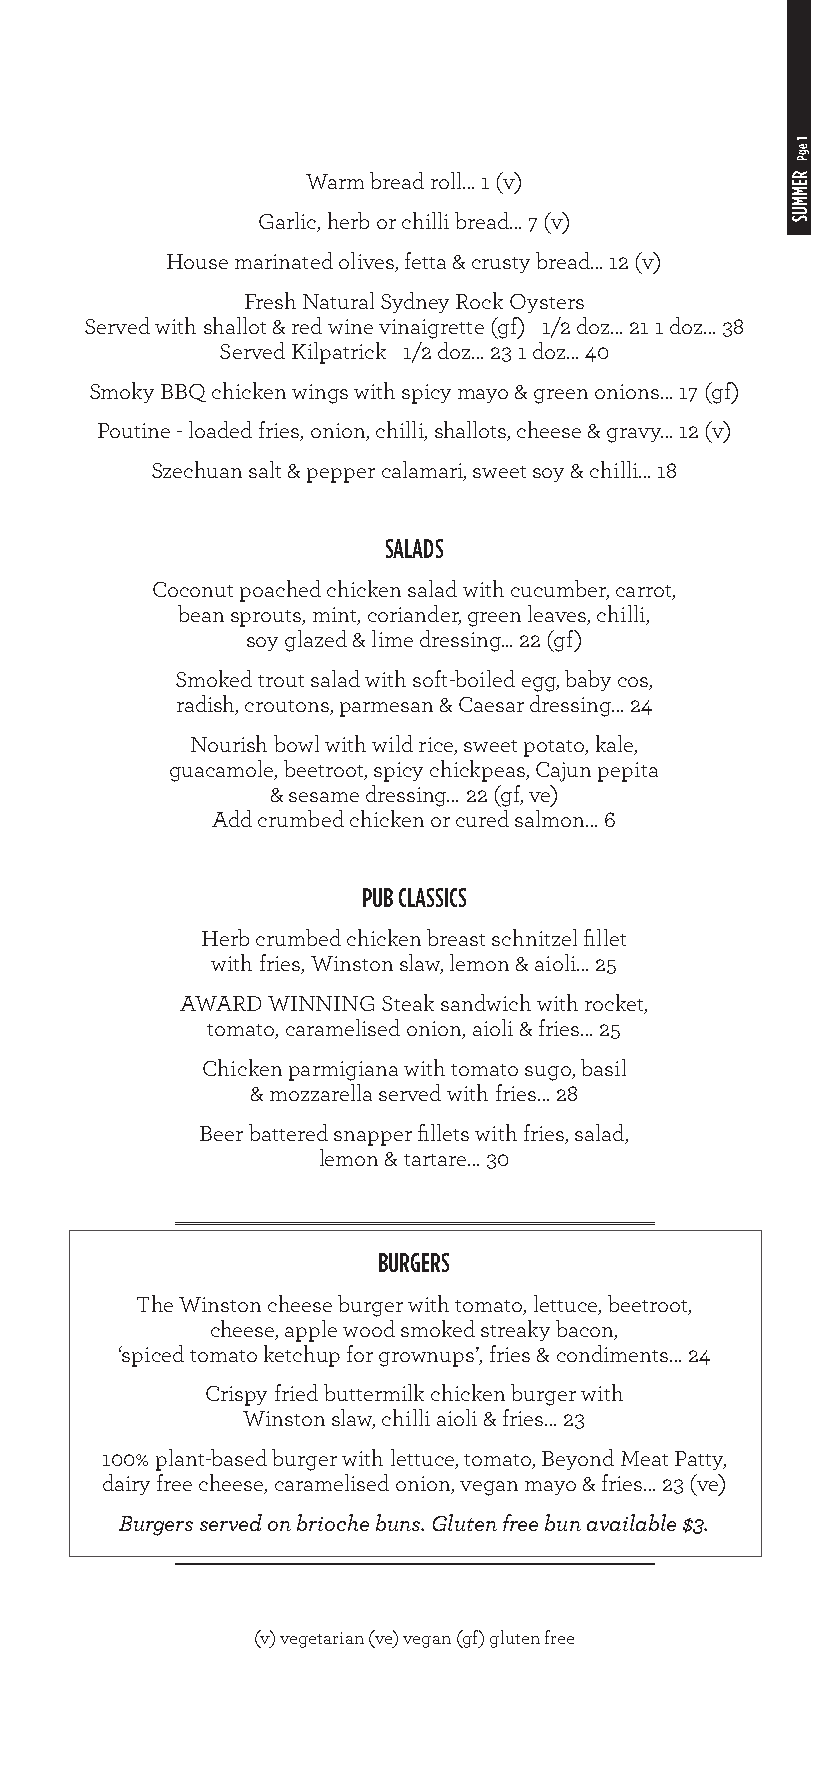
Warm bread roll… 1 (v)
 Garlic, herb or chilli bread… 7 (v)
 House marinated olives, fetta & crusty bread… 12 (v)
 Fresh Natural Sydney Rock Oysters
 Served with shallot & red wine vinaigrette (gf) 1/2 doz… 21 1 doz… 38
 Served Kilpatrick 1/2 doz… 23 1 doz… 40
 Smoky BBQ chicken wings with spicy mayo & green onions… 17 (gf)
 Poutine - loaded fries, onion, chilli, shallots, cheese & gravy… 12 (v)
 Szechuan salt & pepper calamari, sweet soy & chilli… 18
 SALADS
 Coconut poached chicken salad with cucumber, carrot,
 bean sprouts, mint, coriander, green leaves, chilli,
 soy glazed & lime dressing... 22 (gf)
 Smoked trout salad with soft-boiled egg, baby cos,
 radish, croutons, parmesan & Caesar dressing… 24
 Nourish bowl with wild rice, sweet potato, kale,
 guacamole, beetroot, spicy chickpeas, Cajun pepita
 & sesame dressing… 22 (gf, ve)
 Add crumbed chicken or cured salmon… 6
 PUB CLASSICS
 Herb crumbed chicken breast schnitzel fillet
 with fries, Winston slaw, lemon & aioli… 25
 AWARD WINNING Steak sandwich with rocket,
 tomato, caramelised onion, aioli & fries… 25
 Chicken parmigiana with tomato sugo, basil
 & mozzarella served with fries… 28
 Beer battered snapper fillets with fries, salad,
 lemon & tartare… 30
 BURGERS
 The Winston cheese burger with tomato, lettuce, beetroot,
 cheese, apple wood smoked streaky bacon,
 ‘spiced tomato ketchup for grownups’, fries & condiments… 24
 Crispy fried buttermilk chicken burger with
 Winston slaw, chilli aioli & fries… 23
 100% plant-based burger with lettuce, tomato, Beyond Meat Patty,
 dairy free cheese, caramelised onion, vegan mayo & fries… 23 (ve)
 Burgers served on brioche buns. Gluten free bun available $3.
 (v) vegetarian (ve) vegan (gf) gluten free
 1
 egP
 REMMUS